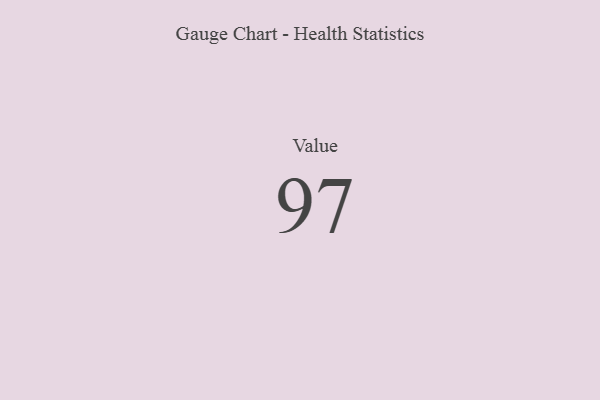
{"axis": {"x": "Metric", "y": "Value"}, "legend": [""], "data": [{"x": "Value", "y": 97, "type": ""}]}